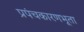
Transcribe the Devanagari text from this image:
प्रपंचकारणभूता